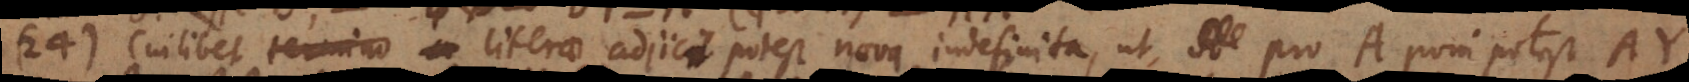
24) Cuilibet literae adjici potest nova indefinita, ut pro A poni potest AY,